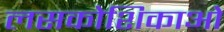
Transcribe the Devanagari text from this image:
लसकोशिकाओं